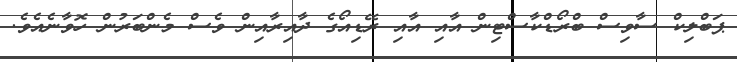
ޕަބްލިކް ސާވިސް ބްރޯޑްކާސްޓިން އާއި އާއި ރޭޑިއޯގެ ދާއިރާއިން ވެސް މެންބަރުން ހޮވާނެއެވެ.